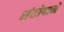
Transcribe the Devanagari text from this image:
संतोषाने